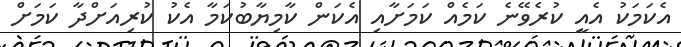
އެކަމަކު އެއީ ކުރެވޭނެ ކަމެއް ކަމަށާއި އެކަން ކާމިޔާބުކަމާ އެކު ކުރިއަށްދާ ކަމަށް